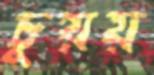
চুয়য়